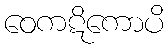
ဝေကဋိကောပိ